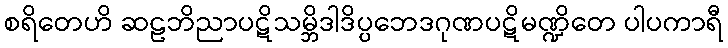
စရိတေဟိ ဆဠဘိညာပဋိသမ္ဘိဒါဒိပ္ပဘေဒဂုဏပဋိမဏ္ဍိတေ ပါပကာရီ